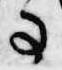
事